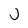
Character: J